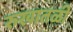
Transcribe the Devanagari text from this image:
रुखातळी